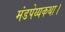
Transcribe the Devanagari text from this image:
मंडपेय्यकथा।